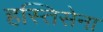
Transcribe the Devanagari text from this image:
हस्तिसेना